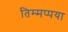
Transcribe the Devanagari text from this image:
तिम्मप्पया